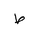
Letter: _da